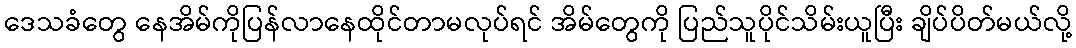
ဒေသခံတွေ နေအိမ်ကိုပြန်လာနေထိုင်တာမလုပ်ရင် အိမ်တွေကို ပြည်သူပိုင်သိမ်းယူပြီး ချိပ်ပိတ်မယ်လို့